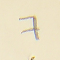
7